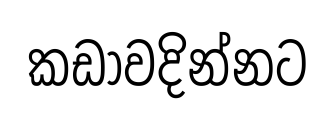
කඩාවදින්නට